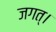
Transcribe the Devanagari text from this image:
जगत्।